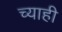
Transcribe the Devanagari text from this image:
च्याही